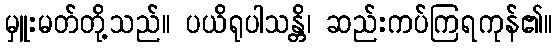
မှူးမတ်တို့သည်။ ပယိရုပါသန္တိ၊ ဆည်းကပ်ကြရကုန်၏။